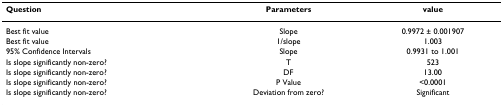
<table><thead><tr><td><b>Question</b></td><td><b>Parameters</b></td><td><b>value</b></td></tr></thead><tbody><tr><td>Best fit value</td><td>Slope</td><td>0.9972 ± 0.001907</td></tr><tr><td>Best fit value</td><td>1/slope</td><td>1.003</td></tr><tr><td>95% Confidence Intervals</td><td>Slope</td><td>0.9931 to 1.001</td></tr><tr><td>Is slope significantly non-zero?</td><td>T</td><td>523</td></tr><tr><td>Is slope significantly non-zero?</td><td>DF</td><td>13.00</td></tr><tr><td>Is slope significantly non-zero?</td><td>P Value</td><td>&lt;0.0001</td></tr><tr><td>Is slope significantly non-zero?</td><td>Deviation from zero?</td><td>Significant</td></tr></tbody></table>